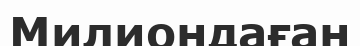
Милиондаған